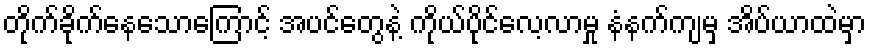
တိုက်ခိုက်နေသောကြောင့် အပင်တွေနဲ့ ကိုယ်ပိုင်လေ့လာမှု နံနက်ကျမှ အိပ်ယာထဲမှာ